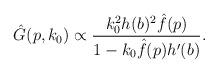
LaTeX: \begin{align*}\hat{G}(p, k_0) \propto{ k_0^2 h(b)^2 \hat{f}(p) \over 1 - k_0 \hat{f}(p)h'(b)}.\end{align*}